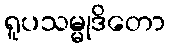
ရူပသမ္မုဒိတော